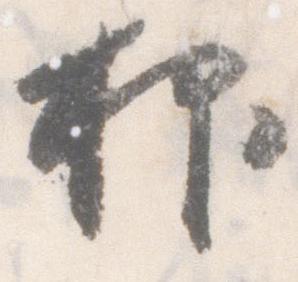
抑